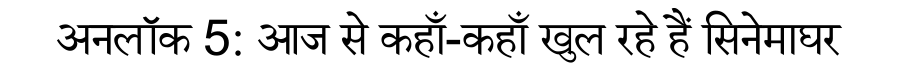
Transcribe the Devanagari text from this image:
अनलॉक 5: आज से कहाँ-कहाँ खुल रहे हैं सिनेमाघर